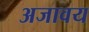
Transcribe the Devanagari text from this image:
अजावय